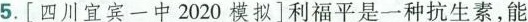
5.[四川宜宾一中2020模拟]利福平是一种抗生素，能